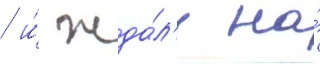
/ и́ жда́л'и на́